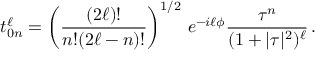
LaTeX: t _ { 0 n } ^ { \ell } = \left( \frac { ( 2 \ell ) ! } { n ! { ( 2 \ell - n ) ! } } \right) ^ { 1 / 2 } \, e ^ { - i \ell \phi } \frac { \tau ^ { n } } { ( 1 + | \tau | ^ { 2 } ) ^ { \ell } } \, .